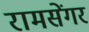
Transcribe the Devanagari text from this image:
रामसेंगर